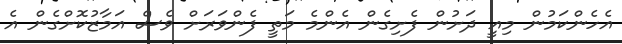
އެހެންކަމުން މިއީ ދަށުން ފެށިގެން އެންމެ މަތީ ފެންވަރަށް ވެސް އަމާޒުކޮށްގެން އެ